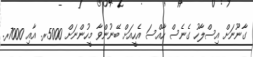
ގާނޫނަށް އިސްލާހު ގެނެސް ހާއްސަ އެހީއަށް ބޭނުންވާ މީހުންނަށް 5000ރ. އާއި 7000ރ.